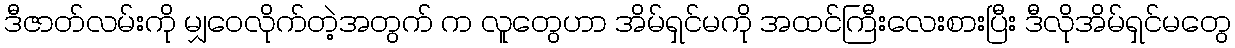
ဒီဇာတ်လမ်းကို မျှဝေလိုက်တဲ့အတွက် က လူတွေဟာ အိမ်ရှင်မကို အထင်ကြီးလေးစားပြီး ဒီလိုအိမ်ရှင်မတွေ